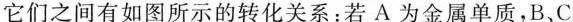
它们之间有如图所示的转化关系：若A为金属单质，B.C